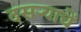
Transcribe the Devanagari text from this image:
दसर्‍याचें